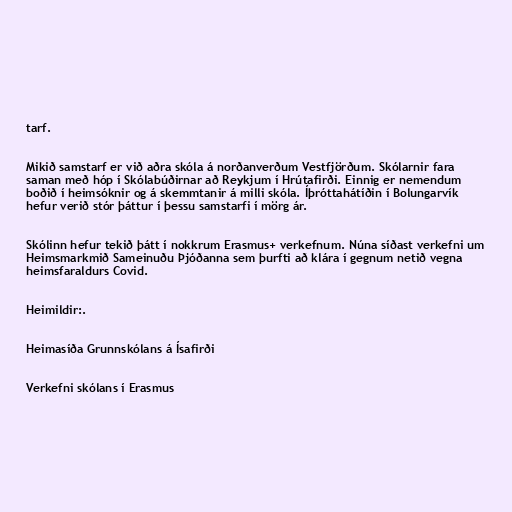
tarf.

Mikið samstarf er við aðra skóla á norðanverðum Vestfjörðum. Skólarnir fara
saman með hóp í Skólabúðirnar að Reykjum í Hrútafirði. Einnig er nemendum
boðið í heimsóknir og á skemmtanir á milli skóla. Íþróttahátíðin í Bolungarvík
hefur verið stór þáttur í þessu samstarfi í mörg ár.

Skólinn hefur tekið þátt í nokkrum Erasmus+ verkefnum. Núna síðast verkefni um
Heimsmarkmið Sameinuðu Þjóðanna sem þurfti að klára í gegnum netið vegna
heimsfaraldurs Covid.

Heimildir:.

Heimasíða Grunnskólans á Ísafirði

Verkefni skólans í Erasmus